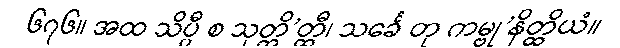
၆၇၆။ အထ သိပ္ပီ စ သုတ္တိ’တ္ထီ၊ သင်္ခေ တု ကမ္ဗု’နိတ္ထိယံ။